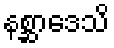
နစ္ဆာဒေသိ